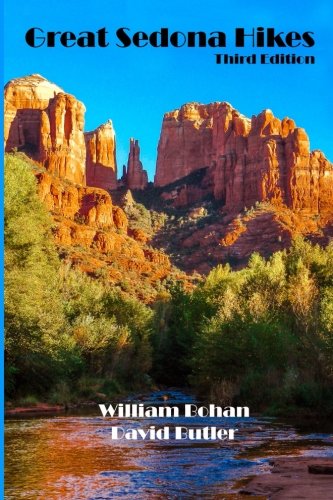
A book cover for Great Sedona Hikes: Third Edition; William Bohan; Sports & Outdoors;